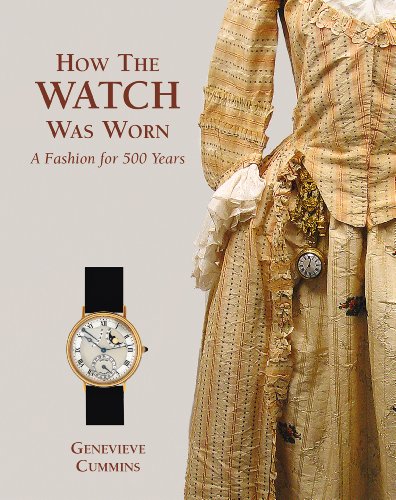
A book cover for How the Watch was Worn: A Fashion for 500 Years; Genevieve Cummins; Crafts, Hobbies & Home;